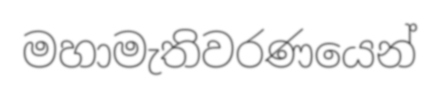
මහාමැතිවරණයෙන්